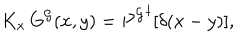
K _ { x } \, G ^ { \cal G } ( x , y ) = { P ^ { \cal G } } ^ { \dagger } [ \delta ( x - y ) ] ,